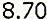
8.70